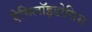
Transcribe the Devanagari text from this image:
ऐमिलॉइडोसिस